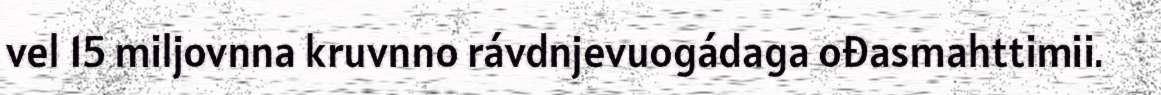
vel 15 miljovnna kruvnno rávdnjevuogádaga ođasmahttimii.